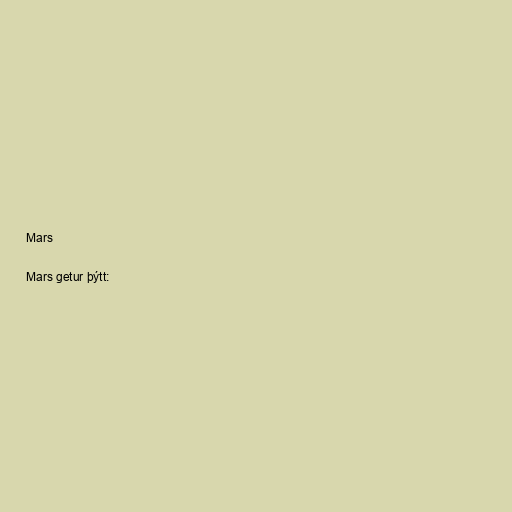
Mars

Mars getur þýtt: